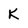
Character: K